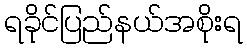
ရခိုင်ပြည်နယ်အစိုးရ